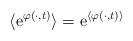
LaTeX: \begin{align*}\langle \mbox{e}^{\varphi(\cdot,t)} \rangle = \mbox{e}^{\langle \varphi(\cdot,t) \rangle}\end{align*}